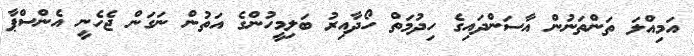
އަމިއްލަ ތަންތަނުން އާސަންދައިގެ ހިދުމަތް ހޯދާއިރު ބަލިމީހުންގެ އަތުން ނަގަން ޖެހެނީ އެންސްޕާ